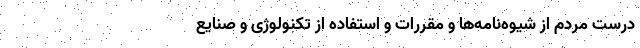
درست مردم از شیوه‌نامه‌ها و مقررات و استفاده از تکنولوژی و صنایع